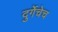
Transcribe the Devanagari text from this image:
दुर्गेचेच